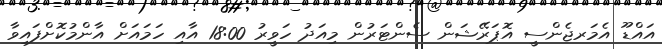
އައްޑޫ އެމަރޖެންސީ އޮޕަރޭޝަން ސެންޓަރުން މިއަދު ހަވީރު 18:00 އާއި ހަމައަށް އާންމުކޮށްފައިވާ